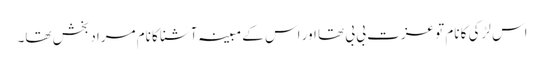
اس لڑکی کا نام تو عزت بی بی تھا اور اس کے مبینہ آشنا کا نام مراد بخش تھا۔